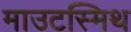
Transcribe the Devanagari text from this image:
माउटस्मिथ